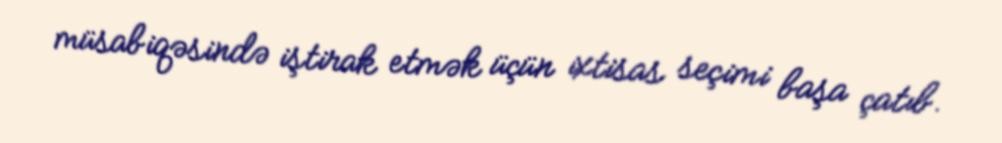
müsabiqəsində iştirak etmək üçün ixtisas seçimi başa çatıb.